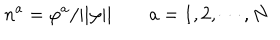
LaTeX: n ^ { a } = \varphi ^ { a } / | | \varphi | | \qquad { } a = 1 , 2 , \cdots , N